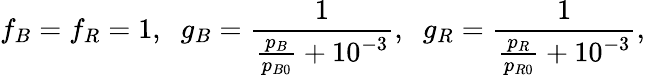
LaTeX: f_{B}=f_{R}=1,\; \; g_{B}=\frac{1}{\frac{p_{B}}{p_{B0}}+10^{-3}},\; \; g_{R}=\frac{1}{\frac{p_{R}}{p_{R0}}+10^{-3}},